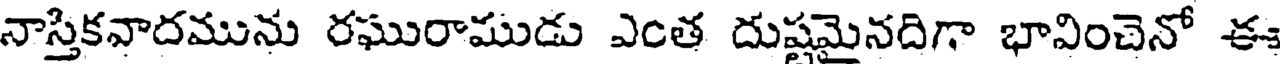
నాస్తికవాదమును రఘురాముడు ఎంత దుష్టమైనదిగా భావించెనో ఈ